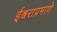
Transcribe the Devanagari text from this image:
ईश्वराप्रमाणे